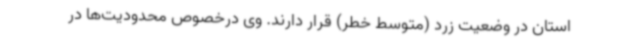
استان در وضعیت زرد (متوسط خطر) قرار دارند. وی درخصوص محدودیت‌ها در